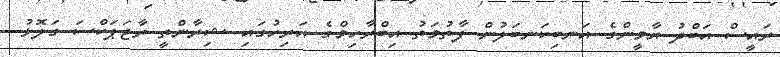
ރައީސް އަބްދު ޔާމީންގެ އަނބިކަނބަލުން ފާތުމަތު އިބްރާހިމްގެ އަރިހުގައި ޝިރާންތީ ރާޖަޕަކްސަ ގަލޮޅު